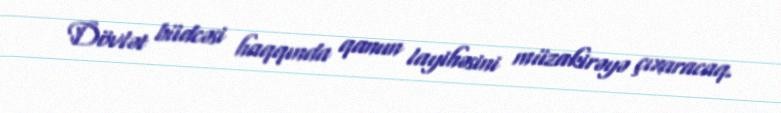
Dövlət büdcəsi haqqında qanun layihəsini müzakirəyə çıxaracaq.